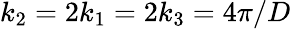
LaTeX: k_{2}=2k_{1}=2k_{3}=4\pi/D